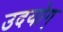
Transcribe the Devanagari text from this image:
उदयोग्